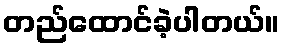
တည်ထောင်ခဲ့ပါတယ်။